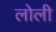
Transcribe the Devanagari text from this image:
लोली